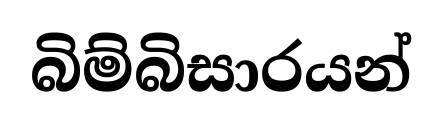
බිම්බිසාරයන්